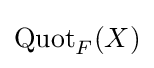
\operatorname {Quot} _{F}(X)